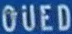
OUED